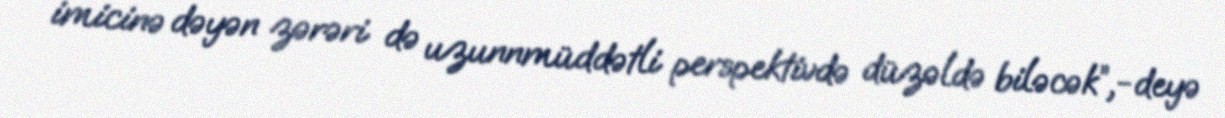
imicinə dəyən zərəri də uzunnmüddətli perspektivdə düzəldə biləcək”,-deyə